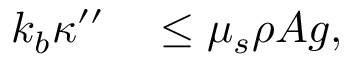
\begin{array} { r l } { k _ { b } \kappa ^ { \prime \prime } } & { { } \leq \mu _ { s } \rho A g , } \end{array}